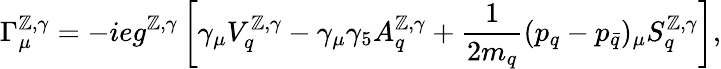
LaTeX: \Gamma_{\mu}^{\mathbb{Z},\gamma}=-ieg^{\mathbb{Z},\gamma}\left[\gamma_{\mu}V_{q}^{\mathbb{Z},\gamma}-\gamma_{\mu}\gamma_{5}A_{q}^{\mathbb{Z},\gamma}+\frac{{1}}{{2m_{q}}}(p_{q}-p_{\bar{{q}}})_{\mu}S_{q}^{\mathbb{Z},\gamma}\right],